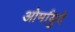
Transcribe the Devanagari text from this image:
ओर्मायुदे